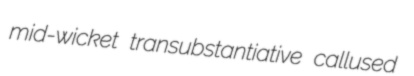
mid-wicket transubstantiative callused